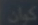
كُمْان